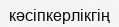
кәсіпкерлікгің